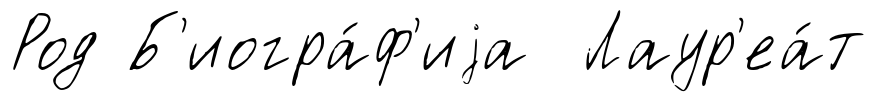
Род Б'иогра́ф'иjа Лаур'еа́т